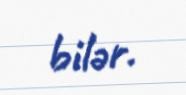
bilər.